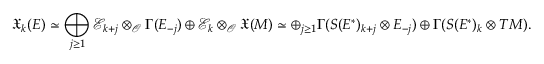
\mathfrak { X } _ { k } ( E ) \simeq \bigoplus _ { j \geq 1 } \mathcal { E } _ { k + j } \otimes _ { \mathcal { O } } \Gamma ( E _ { - j } ) \oplus \mathcal { E } _ { k } \otimes _ { \mathcal { O } } \mathfrak { X } ( M ) \simeq \oplus _ { j \geq 1 } \Gamma ( S ( E ^ { * } ) _ { k + j } \otimes E _ { - j } ) \oplus \Gamma ( S ( E ^ { * } ) _ { k } \otimes T M ) .